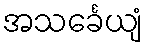
အသင်္ခေယျံ